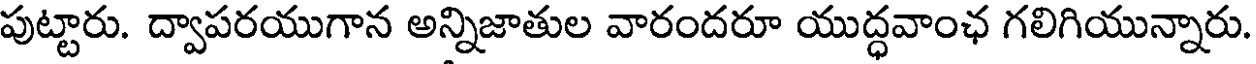
పుట్టారు. ద్వాపరయుగాన అన్నిజాతుల వారందరూ యుద్ధవాంఛ గలిగియున్నారు.